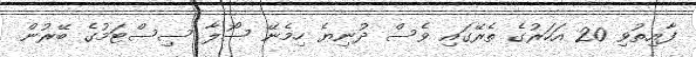
ފާއިތުވި 20 އަހަރުގެ ތެރޭގައި ވެސް ދުނިޔެ ހިމެނޭ ސޯލާ ސިސްޓަމުގެ ބޭރުން